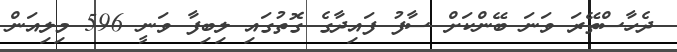
ދެހާސްތޭރަ ވަނަ ބޭންކަށް ސާފު ފައިދާގެ ގޮތުގައި ލިބިފާ ވަނީ 596 މިލިއަން